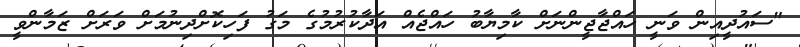
"ސައުދީއިން ވަނީ ހައްޖާޖީންނަށް ކާމިޔާބު ހައްޖެއް އަދާކުރުމުގެ މަގު ފަހިކޮށްދިނުމަށް ވަރަށް ޒަމާންވީ